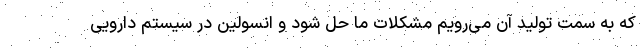
که به سمت تولید آن می‌رویم مشکلات ما حل شود و انسولین در سیستم دارویی